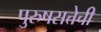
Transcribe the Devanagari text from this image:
पुरुषसत्तेची